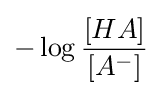
-\log {[HA] \over [A^{-}]}